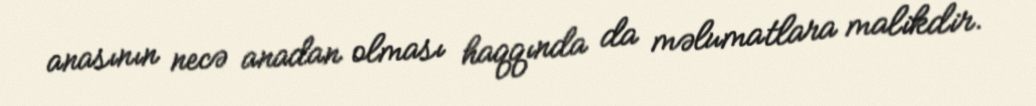
anasının necə anadan olması haqqında da məlumatlara malikdir.